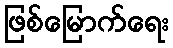
ဖြစ်မြောက်ရေး